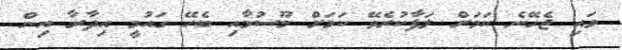
ވައި ޖެހޭނެ ކަމަށް ލަފާކުރެވޭ ކަމަށް މޫސުމާއި ބެހޭ ގައުމީ އިދާރާ އިން